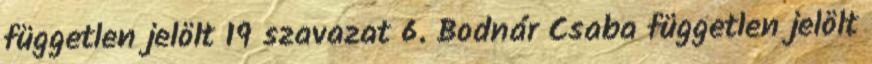
független jelölt 19 szavazat 6. Bodnár Csaba független jelölt